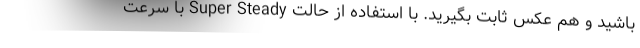
باشید و هم عکس ثابت بگیرید. با استفاده از حالت Super Steady با سرعت